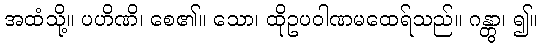
အထံသို့။ ပဟိဏိ၊ စေ၏။ သော၊ ထိုဥပဝါဏမထေရ်သည်။ ဂန္တွာ၊ ၍။